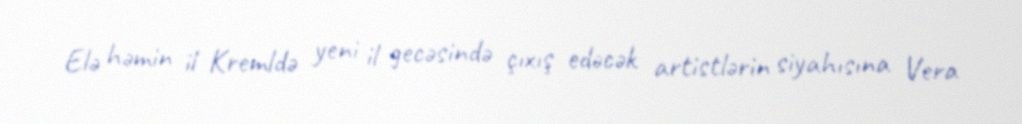
Elə həmin il Kremldə yeni il gecəsində çıxış edəcək artistlərin siyahısına Vera